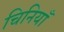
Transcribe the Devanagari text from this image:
चिनियाँ